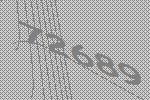
72689